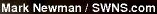
Mark Newman / SWNS.com